Report on lock hospitals in British Burma
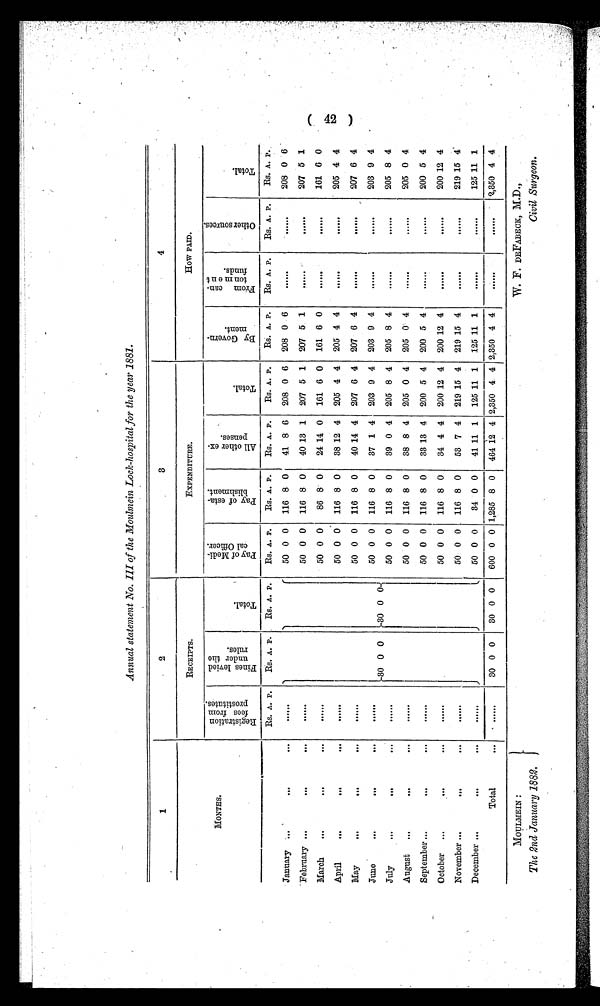
MOULMEIN
The 2nd January 1882.
W. F. DEFABE CK, M.D.,
Civil Surgeon.
Annual statement No. III of the Moulmein Lock-hospital for the year 1881.
1
2
3
4
MONTHS.
RECEIPTS.
EXPENDITURE.
How PAID.
R e g i s t r a t i o n f e e s f r o m p r o s t i t u t e
F i n e s l e v i e d u n d e r t h e r u l e s .
T o t a l .
P a y o f M e d i c a l O f f i c e r .
P a y o f e s t a b l i s h m e n t .
A l l o t h e r e x p e n s e s .
T o t a l .
B y G o v e r n e m e n t .
F r o m c a n t o n m e n t f u n d s .
O t h e r e x p e n s e s .
T o t a l .
Rs. A. P.
Rs. A. P.
Rs. A. P.
Rs. A. P.
Rs. A. P.
Rs. A. P.
Rs. A. P.
Rs. A. P.
Rs. A. P.
Es. A. P.
Rs. A. P.
January
. . .
30 0 0
30 0 0
50 0 0 116 8 0
41 8 6 208 0 6 208 0 6
. . .
. . .
208 0 6
February
. . .
50 0 0 116 8 0
40 13 1 207 5 1 207 5. 1
. . .
. . .
207 5 1
March
. . .
50 0 0
86 8 0
24 14 0 161 6 0 161 6 0
. . .
. . .
161 6 0
April
. . .
50 0 0 116 8 0
38 12 4 205 4 4 205 4 4
. . .
. . .
205 4 4
May
. . .
50 0 0 116 8 0
40 14 4 207 6 4 207 6 4
. . .
. . .
207 6 4
June
. . .
50 0 0 116 8 0
37 1 4 203 9 4 203 9 4
. . .
. . .
203 9 4
July
. . .
50 0 0 116 8 0
39 0 4 205 8 4 205 8 1
. . .
. . .
205 8 4
August
. . .
50 0 0 116 8 0
38 8 4 205 0 4 205 0 4
. . .
. . .
205 0 4
September
. . .
50 0 0 116 8 0
33 13 4 200 5 4 200 5 4
. . .
. . .
200 5 4
October
. . .
50 0 0 116 8 0
34 4 4 200 12 4 200 12 4
. . .
. . .
200 12 4
November
. . .
50 0 0 116 8 0
53 7 4 219 15 4 219 15 4
. . .
. . .
219 15 4
December
. . .
50 0 0
34 0 0
41 11 1 125 11 1 125 11 1
. . .
. . .
125 11 1
Total
. . .
30 0 0
30 0 0
600 0 0 1,285 8 0 464 12 4 2,350 4 4 2,350 4 4
. . .
. . . 2,350 4 4
(42)